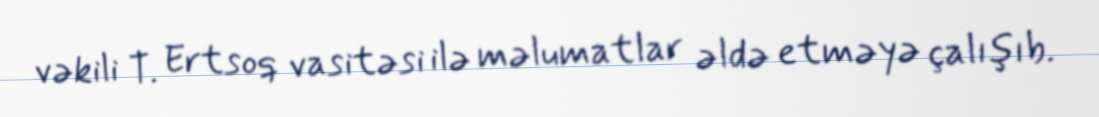
vəkili T. Ertsoq vasitəsi ilə məlumatlar əldə etməyə çalışıb.